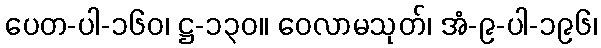
ပေတ-ပါ-၁၆၀၊ ဋ္ဌ-၁၃၀။ ဝေလာမသုတ်၊ အံ-၉-ပါ-၁၉၆၊